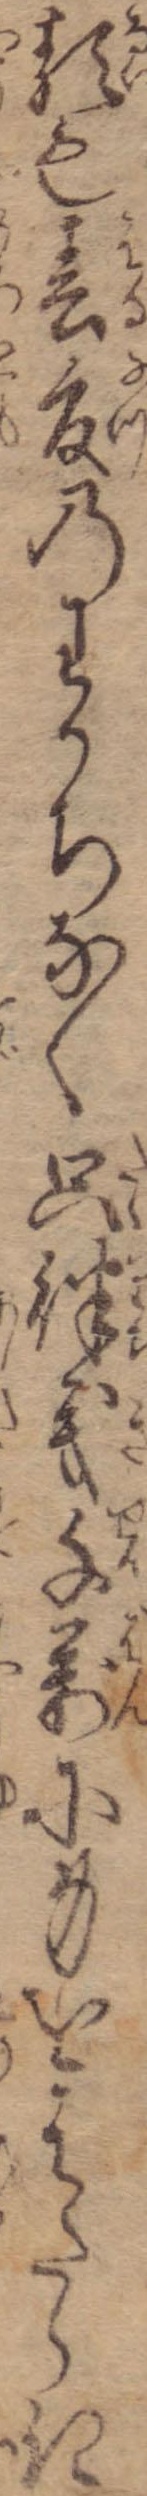
類も春夏のわかちなく只律義千万に身をはたらき